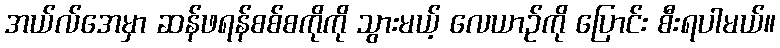
အယ်လ်အေမှာ ဆန်ဖရန်စစ်စကိုကို သွားမယ့် လေယာဉ်ကို ပြောင်း စီးရပါမယ်။